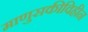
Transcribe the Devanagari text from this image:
माणुसकीविहीन